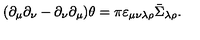
( \partial _ { \mu } \partial _ { \nu } - \partial _ { \nu } \partial _ { \mu } ) \theta = \pi \varepsilon _ { \mu \nu \lambda \rho } \bar { \Sigma } _ { \lambda \rho } .